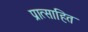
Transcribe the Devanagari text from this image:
प्रात्साहित